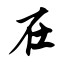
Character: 在